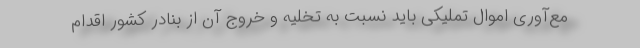
مع‌آوری اموال تملیکی باید نسبت به تخلیه و خروج آن از بنادر کشور اقدام